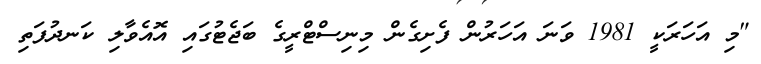
"މި އަހަރަކީ 1981 ވަނަ އަހަރުން ފެށިގެން މިނިސްޓްރީގެ ބަޖެޓުގައި އޮއެވާލި ކަނދުފަތި